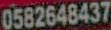
0582648437